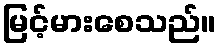
မြင့်မားစေသည်။